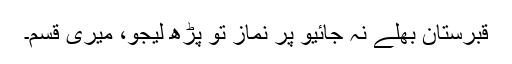
قبرستان بھلے نہ جائیو پر نماز تو پڑھ لیجو، میری قسم۔